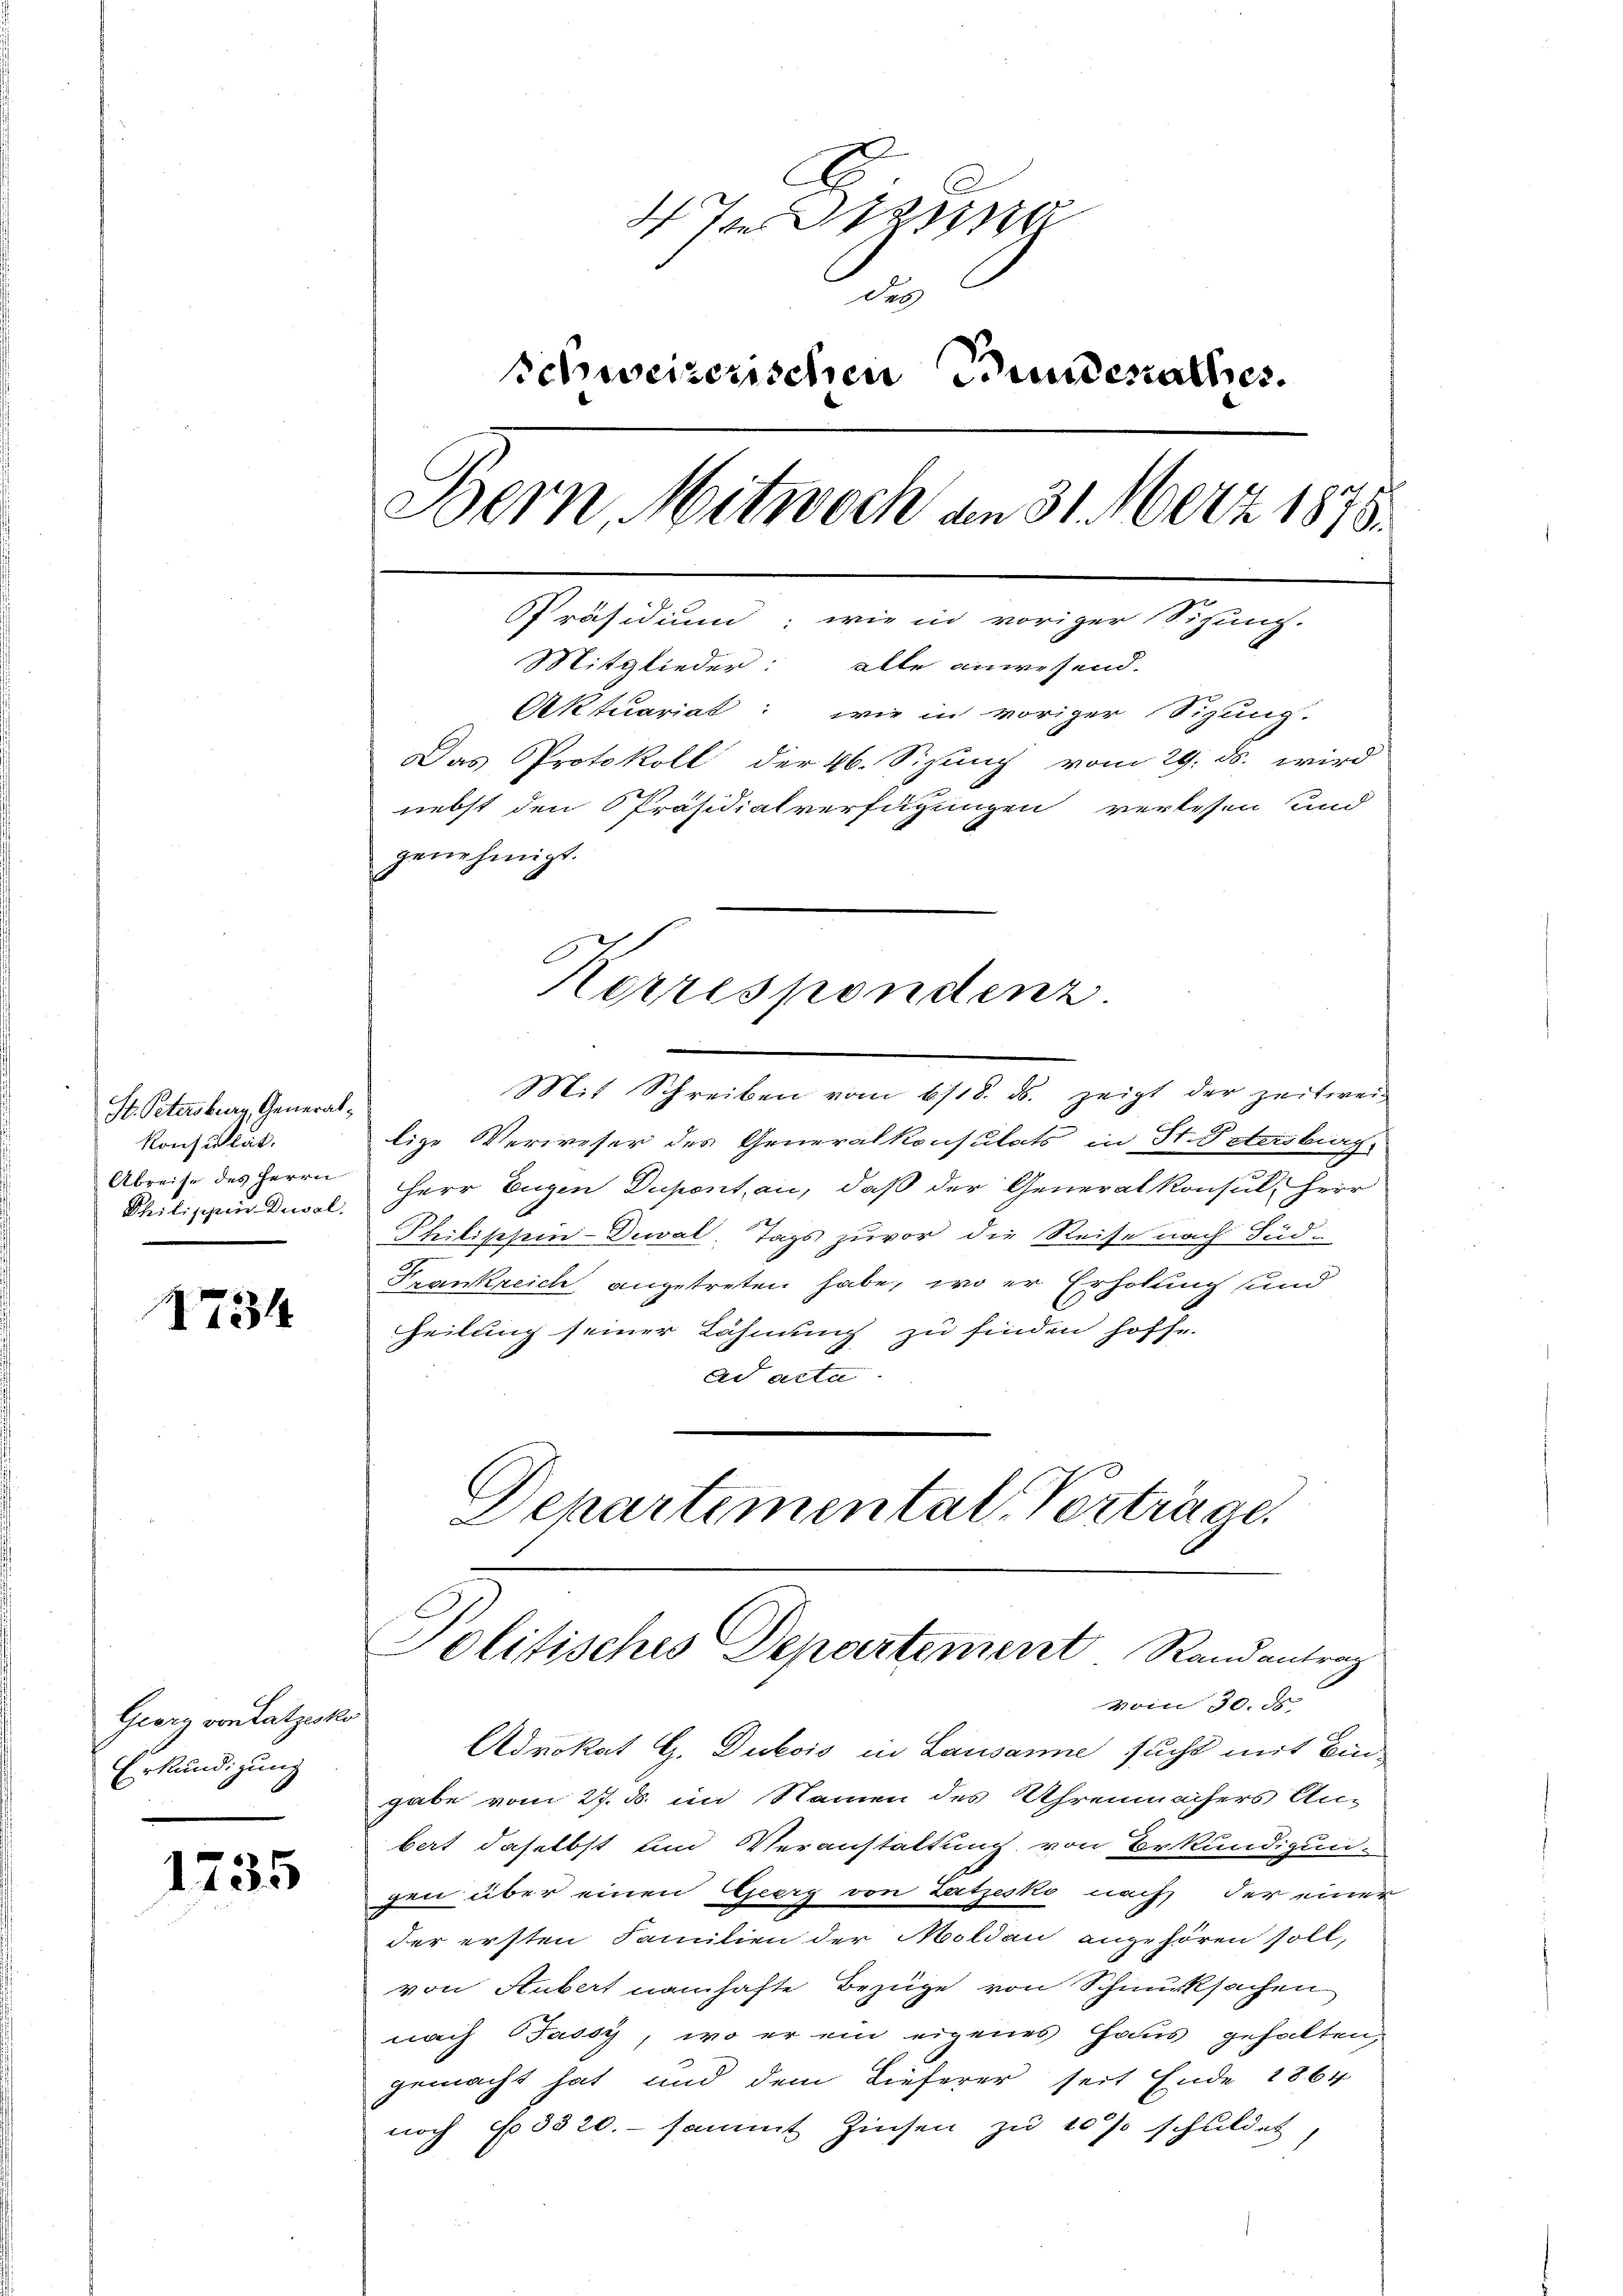
St. Petersburg, General¬
Konsultat.
Abreise des Herrn
Philischen Deval.

1734

Georg von Katzesko
Erkundigung

1735

des
schweizerischen Bunderathes.
Bern, Mitwoch an 31. März 1875.
Präsidium, wie in voriger Sihung.
Mitglieder: alle anwesend.
Aktuariat: wie in voriger Sizung.
Das Protokoll der 46. Sizung vom 29. ds. wird

nebst den Präsidialverfügungen verlesen und
genehmigt.

Mit Schreiben vom 6/18. ds. zeigt der zeitwei-
lige Verweser des Generalkonsulats in St. Peterstag
Herr Eugen Dupont an, daß der Generalkonsul, Herr
Philippin-Duwal Tags zuvor die Reise nach Süd¬
Frankreich angetreten habe, wo er Erholung und
heilung seiner Lähmung zu finden hoffe.
ad acta
Departemental Verträge.

Korrespondenz

Politisches Departement Randantrag

voin 30. d
Advokat G. Dubois in Lausanne sucht mit Bingabe vom 27. d. im Namen des Uhrenmachers Anbert daselbst und Veranstaltung von Erkundigungen über einen Georg von Latzesko nach der einer
der ersten Familien der Moldau angehören soll,
von Hubert namhafte Bezüge von Schmucksachen
nach Jassy, wo er ein eigenes Haus gehalten,
gemacht hat und dem Lieferer seit Ende 1864
noch No. 5520.- sammt Zinsen zu 10 % schuldet,